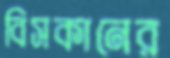
বিসকানের